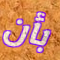
بأن